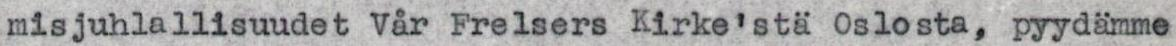
misjuhlallisuudet Vår Frelsers Kirke'stä Oslosta, pyydämme